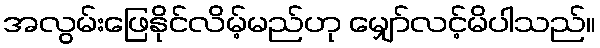
အလွမ်းဖြေနိုင်လိမ့်မည်ဟု မျှော်လင့်မိပါသည်။